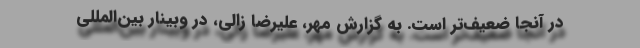
در آنجا ضعیف‌تر است. به گزارش مهر، علیرضا زالی، در وبینار بین‌المللی